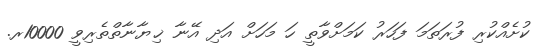
ކުށެއްކުރި ފުރަތަމަ ފަހަރު ކަމަށްވާތީ ހަ މަހަށް އަދި އޭނާ ޚިޔާނާތްތެރިވީ 10000ރ.